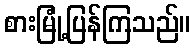
စားမြုံ့ပြန်ကြသည်။